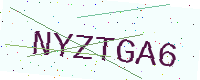
Text: NYZTGA6